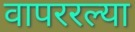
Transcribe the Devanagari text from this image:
वापररल्या